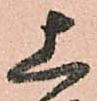
上